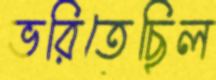
ভরিতেছিল